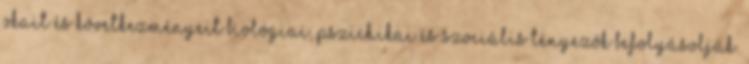
okait és következményeit biológiai, pszichikai és szociális tényezők befolyásolják.